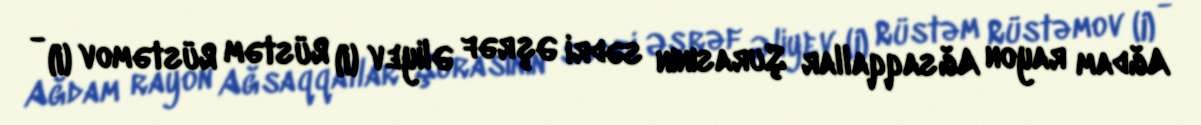
Ağdam rayon Ağsaqqallar Şurasının sədri Əşrəf Əliyev (I) Rüstəm Rüstəmov (I) -